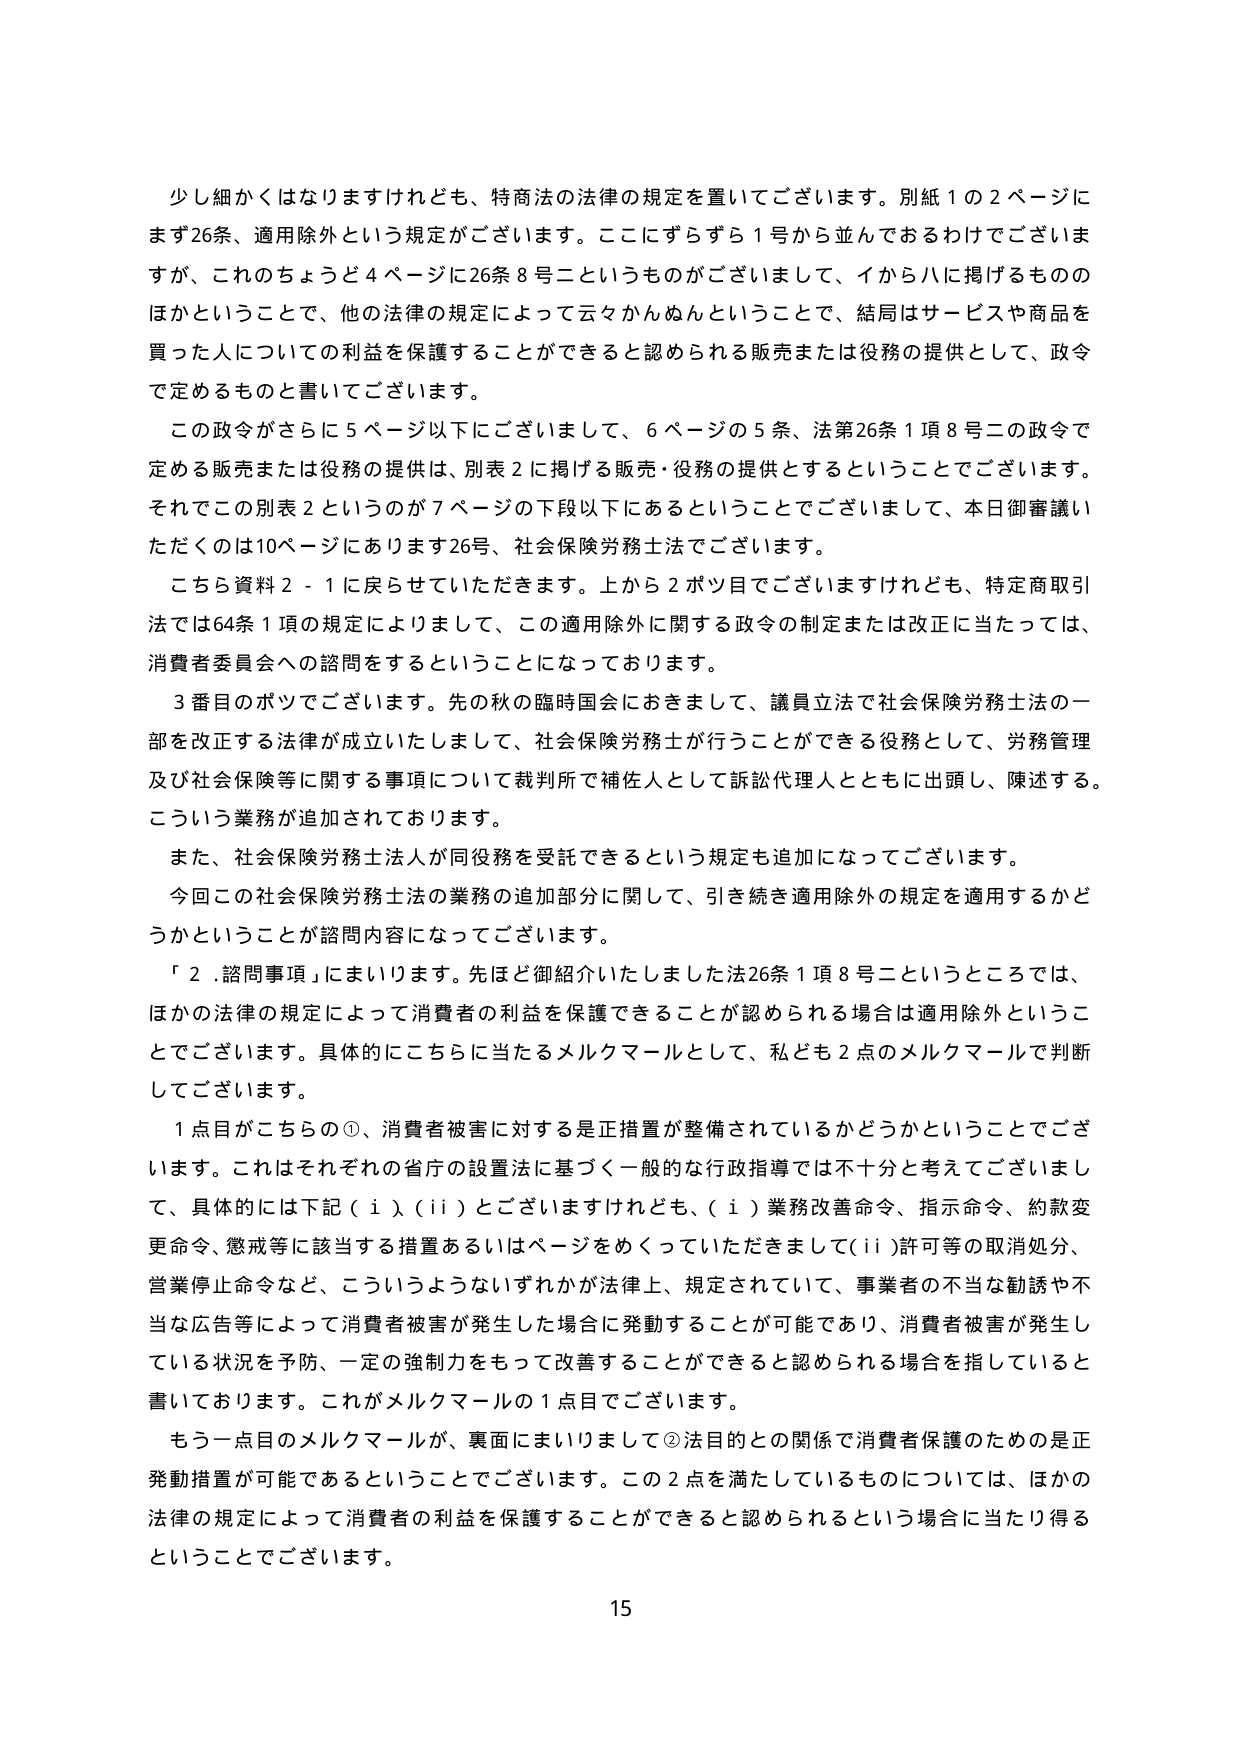
少し細かくはなりますけれども、特商法の法律の規定を置いてございます。別紙１の２ページにまず26条、適用除外という規定がございます。ここにずらずら１号から並んでおるわけでございますが、これのちょうど４ページに26条８号二というものがございまして、イからハに掲げるもののほかということで、他の法律の規定によって云々かんぬんということで、結局はサービスや商品を買った人についての利益を保護することができると認められる販売または役務の提供として、政令で定めるものと書いてございます。

この政令がさらに５ページ以下にございまして、６ページの５条、法第26条１項８号二の政令で定める販売または役務の提供は、別表２に掲げる販売・役務の提供とするということでございます。それでのこの別表２というのが７ページの下段以下にあるということでございまして、本日御審議いただくのは10ページにあります26号、社会保険労務士法でございます。

こちら資料２－１に戻らせていただきます。上から２ポツ目でございますけれども、特定商取引法では64条１項の規定によりまして、この適用除外に関する政令の制定または改正に当たっては、消費者委員会への諮問をするということになっております。

３番目のポツでございます。先の秋の臨時国会におきまして、議員立法で社会保険労務士法の一部を改正する法律が成立いたしまして、社会保険労務士が行うことができる役務として、労務管理及び社会保険等に関する事項について裁判所で補佐人として訴訟代理人とともに出頭し、陳述する。こういう業務が追加されております。

また、社会保険労務士法人が同役務を受託できるという規定も追加になってございます。

今回この社会保険労務士法の業務の追加部分に関して、引き続き適用除外の規定を適用するかどうかということが諮問内容になってございます。

「２．諮問事項」にまいります。先ほど御紹介いたしました法26条１項８号二というところでは、ほかの法律の規定によって消費者の利益を保護できることが認められる場合は適用除外ということでございます。具体的にこちらに当たるメルクマールとして、私ども２点のメルクマールで判断してございます。

１点目がこちらの①、消費者被害に対する是正措置が整備されているかどうかということでございます。これはそれぞれの省庁の設置法に基づく一般的な行政指導では不十分と考えてございまして、具体的には下記（ⅰ）（ⅱ）とございますけれども、（ⅰ）業務改善命令、指示命令、約款変更命令、懲戒等に該当する措置あるいはページをめくっていただきますと（ⅱ）許可等の取消処分、営業停止命令など、こういうようないずれかが法律上、規定されていて、事業者の不当な勧誘や不当な広告等によって消費者被害が発生した場合に発動することが可能であり、消費者被害が発生している状況を予防、一定の強制力をもって改善することができると認められる場合を指していると書いております。これがメルクマールの１点目でございます。

もう一点目のメルクマールが、裏面にまいりまして②法目的との関係で消費者保護のためのは正発動措置が可能であるということでございます。この２点を満たしているものについては、ほかの法律の規定によって消費者の利益を保護することができると認められるという場合に当たり得るということでございます。

15